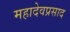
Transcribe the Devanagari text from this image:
महादेवप्रसाद